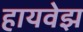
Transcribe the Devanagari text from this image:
हायवेझ